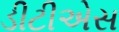
ડીટીએસ